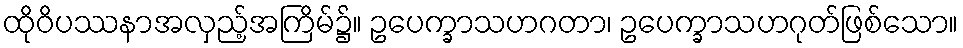
ထိုဝိပဿနာအလှည့်အကြိမ်၌။ ဥပေက္ခာသဟဂတာ၊ ဥပေက္ခာသဟဂုတ်ဖြစ်သော။